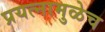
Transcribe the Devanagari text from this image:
प्रयत्नामुळेच